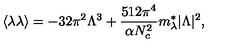
\langle \lambda \lambda \rangle = - 3 2 \pi ^ { 2 } \Lambda ^ { 3 } + \frac { 5 1 2 \pi ^ { 4 } } { \alpha N _ { c } ^ { 2 } } m _ { \lambda } ^ { * } | \Lambda | ^ { 2 } ,